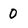
Character: 0